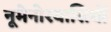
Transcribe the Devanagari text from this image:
नूमेनोरवासियों